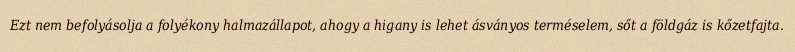
Ezt nem befolyásolja a folyékony halmazállapot, ahogy a higany is lehet ásványos terméselem, sőt a földgáz is kőzetfajta.